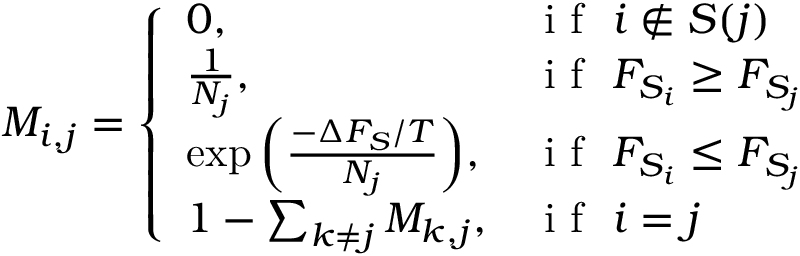
M _ { i , j } = \left\{ \begin{array} { l l } { 0 , } & { \mathrm { ~ i ~ f ~ } \ i \notin S ( j ) } \\ { \frac { 1 } { N _ { j } } , } & { \mathrm { ~ i ~ f ~ } \ F _ { S _ { i } } \ge F _ { S _ { j } } } \\ { \exp { \left( \frac { - \Delta F _ { S } / T } { N _ { j } } \right) } , } & { \mathrm { ~ i ~ f ~ } \ F _ { S _ { i } } \le F _ { S _ { j } } } \\ { 1 - \sum _ { k \ne j } M _ { k , j } , } & { \mathrm { ~ i ~ f ~ } \ i = j } \end{array} \right.